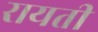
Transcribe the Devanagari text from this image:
रायती